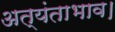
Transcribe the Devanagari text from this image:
अत्यंताभाव।